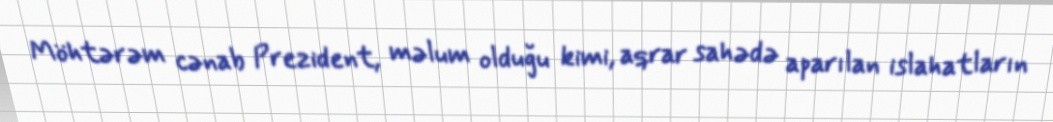
Möhtərəm cənab Prezident, məlum olduğu kimi, aqrar sahədə aparılan islahatların